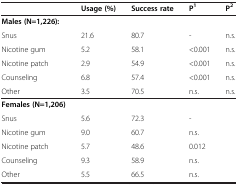
<table><thead><tr><td>[EMPTY_CELL]</td><td><b>Usage (%)</b></td><td><b>Success rate</b></td><td><b>P<sup>1</sup></b></td><td><b>P<sup>2</sup></b></td></tr></thead><tbody><tr><td><b>Males (N=1,226):</b></td><td>[EMPTY_CELL]</td><td>[EMPTY_CELL]</td><td>[EMPTY_CELL]</td><td>[EMPTY_CELL]</td></tr><tr><td>Snus</td><td>21.6</td><td>80.7</td><td>-</td><td>n.s.</td></tr><tr><td>Nicotine gum</td><td>5.2</td><td>58.1</td><td>&lt;0.001</td><td>n.s.</td></tr><tr><td>Nicotine patch</td><td>2.9</td><td>54.9</td><td>&lt;0.001</td><td>n.s.</td></tr><tr><td>Counseling</td><td>6.8</td><td>57.4</td><td>&lt;0.001</td><td>n.s.</td></tr><tr><td>Other</td><td>3.5</td><td>70.5</td><td>n.s.</td><td>n.s.</td></tr><tr><td><b>Females (N=1,206)</b></td><td>[EMPTY_CELL]</td><td>[EMPTY_CELL]</td><td>[EMPTY_CELL]</td><td>[EMPTY_CELL]</td></tr><tr><td>Snus</td><td>5.6</td><td>72.3</td><td>-</td><td>[EMPTY_CELL]</td></tr><tr><td>Nicotine gum</td><td>9.0</td><td>60.7</td><td>n.s.</td><td>[EMPTY_CELL]</td></tr><tr><td>Nicotine patch</td><td>5.7</td><td>48.6</td><td>0.012</td><td>[EMPTY_CELL]</td></tr><tr><td>Counseling</td><td>9.3</td><td>58.9</td><td>n.s.</td><td>[EMPTY_CELL]</td></tr><tr><td>Other</td><td>5.5</td><td>66.5</td><td>n.s.</td><td>[EMPTY_CELL]</td></tr></tbody></table>